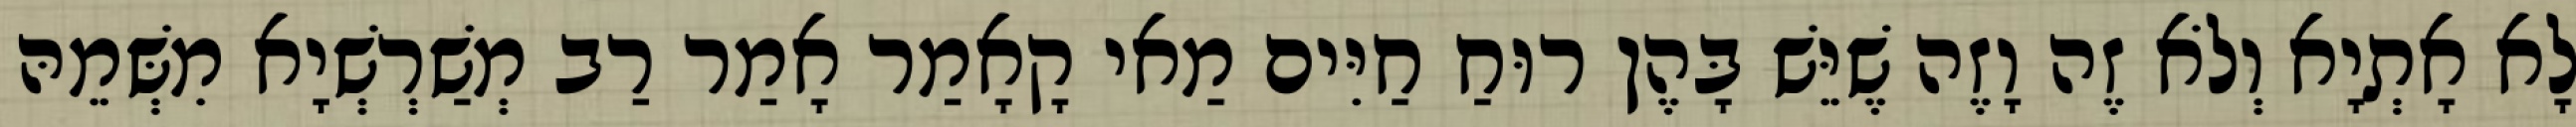
לָא אָתְיָא וְלֹא זֶה וָזֶה שֶׁיֵּשׁ בָּהֶן רוּחַ חַיִּים מַאי קָאָמַר אָמַר רַב מְשַׁרְשְׁיָא מִשְּׁמֵהּ